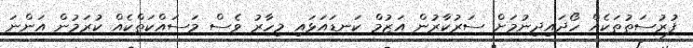
ފުރުސަތުތަކެއް ހޯދައިދިނުމަށް ސަރުކާރުން އަޒުމް ކަނޑައަޅައި މިހާރު ވެސް މަސައްކަތްކެއް ކުރަމުން އަންނަ